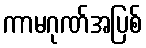
ကာမဂုဏ်အပြစ်